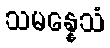
သမန္နေသံ